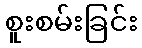
စူးစမ်းခြင်း